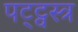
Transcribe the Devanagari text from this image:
पट्ट्वस्त्र